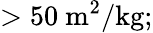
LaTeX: >50~\mathrm{m}^{2}/\mathrm{kg};